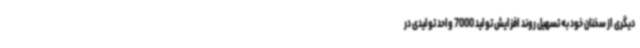
دیگری از سخنان خود به تسهیل روند افزایش تولید 7000 واحد تولیدی در